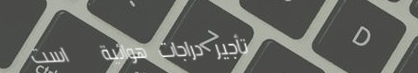
تأجير دراجات هوائية   است